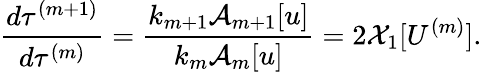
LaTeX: \frac{d\tau^{(m+1)}}{d\tau^{(m)}}=\frac{k_{m+1}\mathcal{A}_{m+1}[u]}{k_{m}\mathcal{A}_{m}[u]}=2\mathcal{X}_{1}[U^{(m)}].